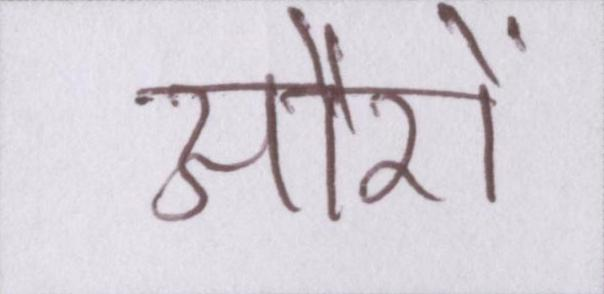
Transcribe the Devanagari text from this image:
औरों